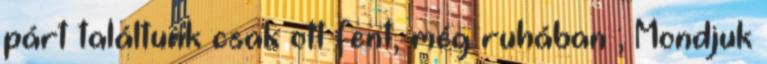
párt találtunk csak ott fent, még ruhában ; Mondjuk